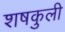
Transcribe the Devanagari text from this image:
शषकुली